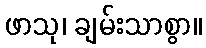
ဖာသု၊ ချမ်းသာစွာ။